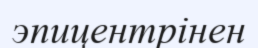
эпицентрінен